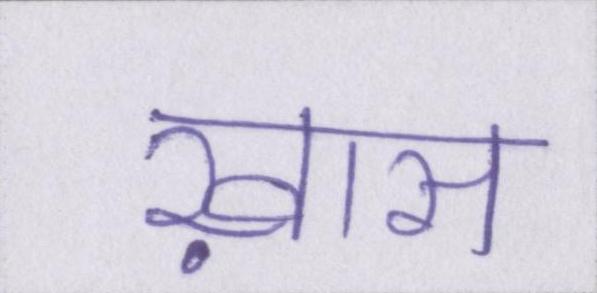
ख़ास